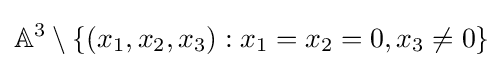
\mathbb {A} ^{3}\setminus \{(x_{1},x_{2},x_{3}):x_{1}=x_{2}=0,x_{3}\neq 0\}